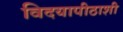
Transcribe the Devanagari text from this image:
विदयापीठाशी